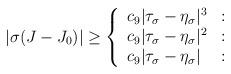
LaTeX: \begin{align*} |\sigma(J-J_0)|\ge \left\{ \begin{array}{ll} c_9 |\tau_\sigma-\eta_\sigma|^3 &:\\ c_9 |\tau_\sigma-\eta_\sigma|^2 &:\\ c_9 |\tau_\sigma-\eta_\sigma| &:\\ \end{array}\right.\end{align*}